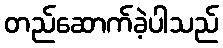
တည်ဆောက်ခဲ့ပါသည်